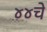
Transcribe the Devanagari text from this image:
४४चे